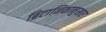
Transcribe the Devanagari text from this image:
ब्रिटानिकानुसार